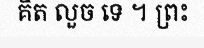
គិត លួច ទេ ។ ព្រះ